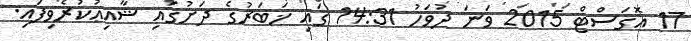
17 އޮގަސްޓް 2015 ވަނަ ދުވަހު 14:31 ގައި ޚަބަރުގެ ދަށުގައި ޝާއިޢުކުރެވިފައި.